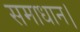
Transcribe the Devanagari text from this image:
समाधान।